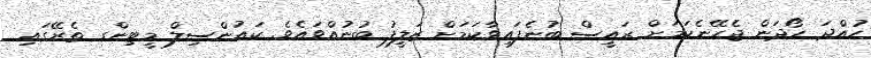
ހުއްދަ ހޯދަން ޖެހޭނެކަމަށް ރައީސް ބުނެފައިވާކަމަށް ޒަލީފު ބުނުއްވައެވެ. ކައުންސިލް މީޓިންގ ތެރޭގައި